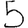
Digit: 5